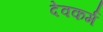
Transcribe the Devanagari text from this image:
देवकर्म